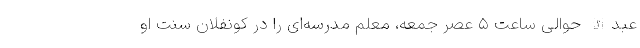
عبدالله حوالی ساعت ۵ عصر جمعه، معلم مدرسه‌ای را در کونفلان سنت او